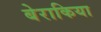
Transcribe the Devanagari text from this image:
बेराकिया